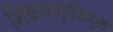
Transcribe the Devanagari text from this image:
शिकवणुकीमुळे